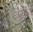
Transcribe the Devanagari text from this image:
बन्दुओ